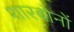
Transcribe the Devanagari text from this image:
शारबोनों